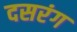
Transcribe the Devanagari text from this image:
दसरंग